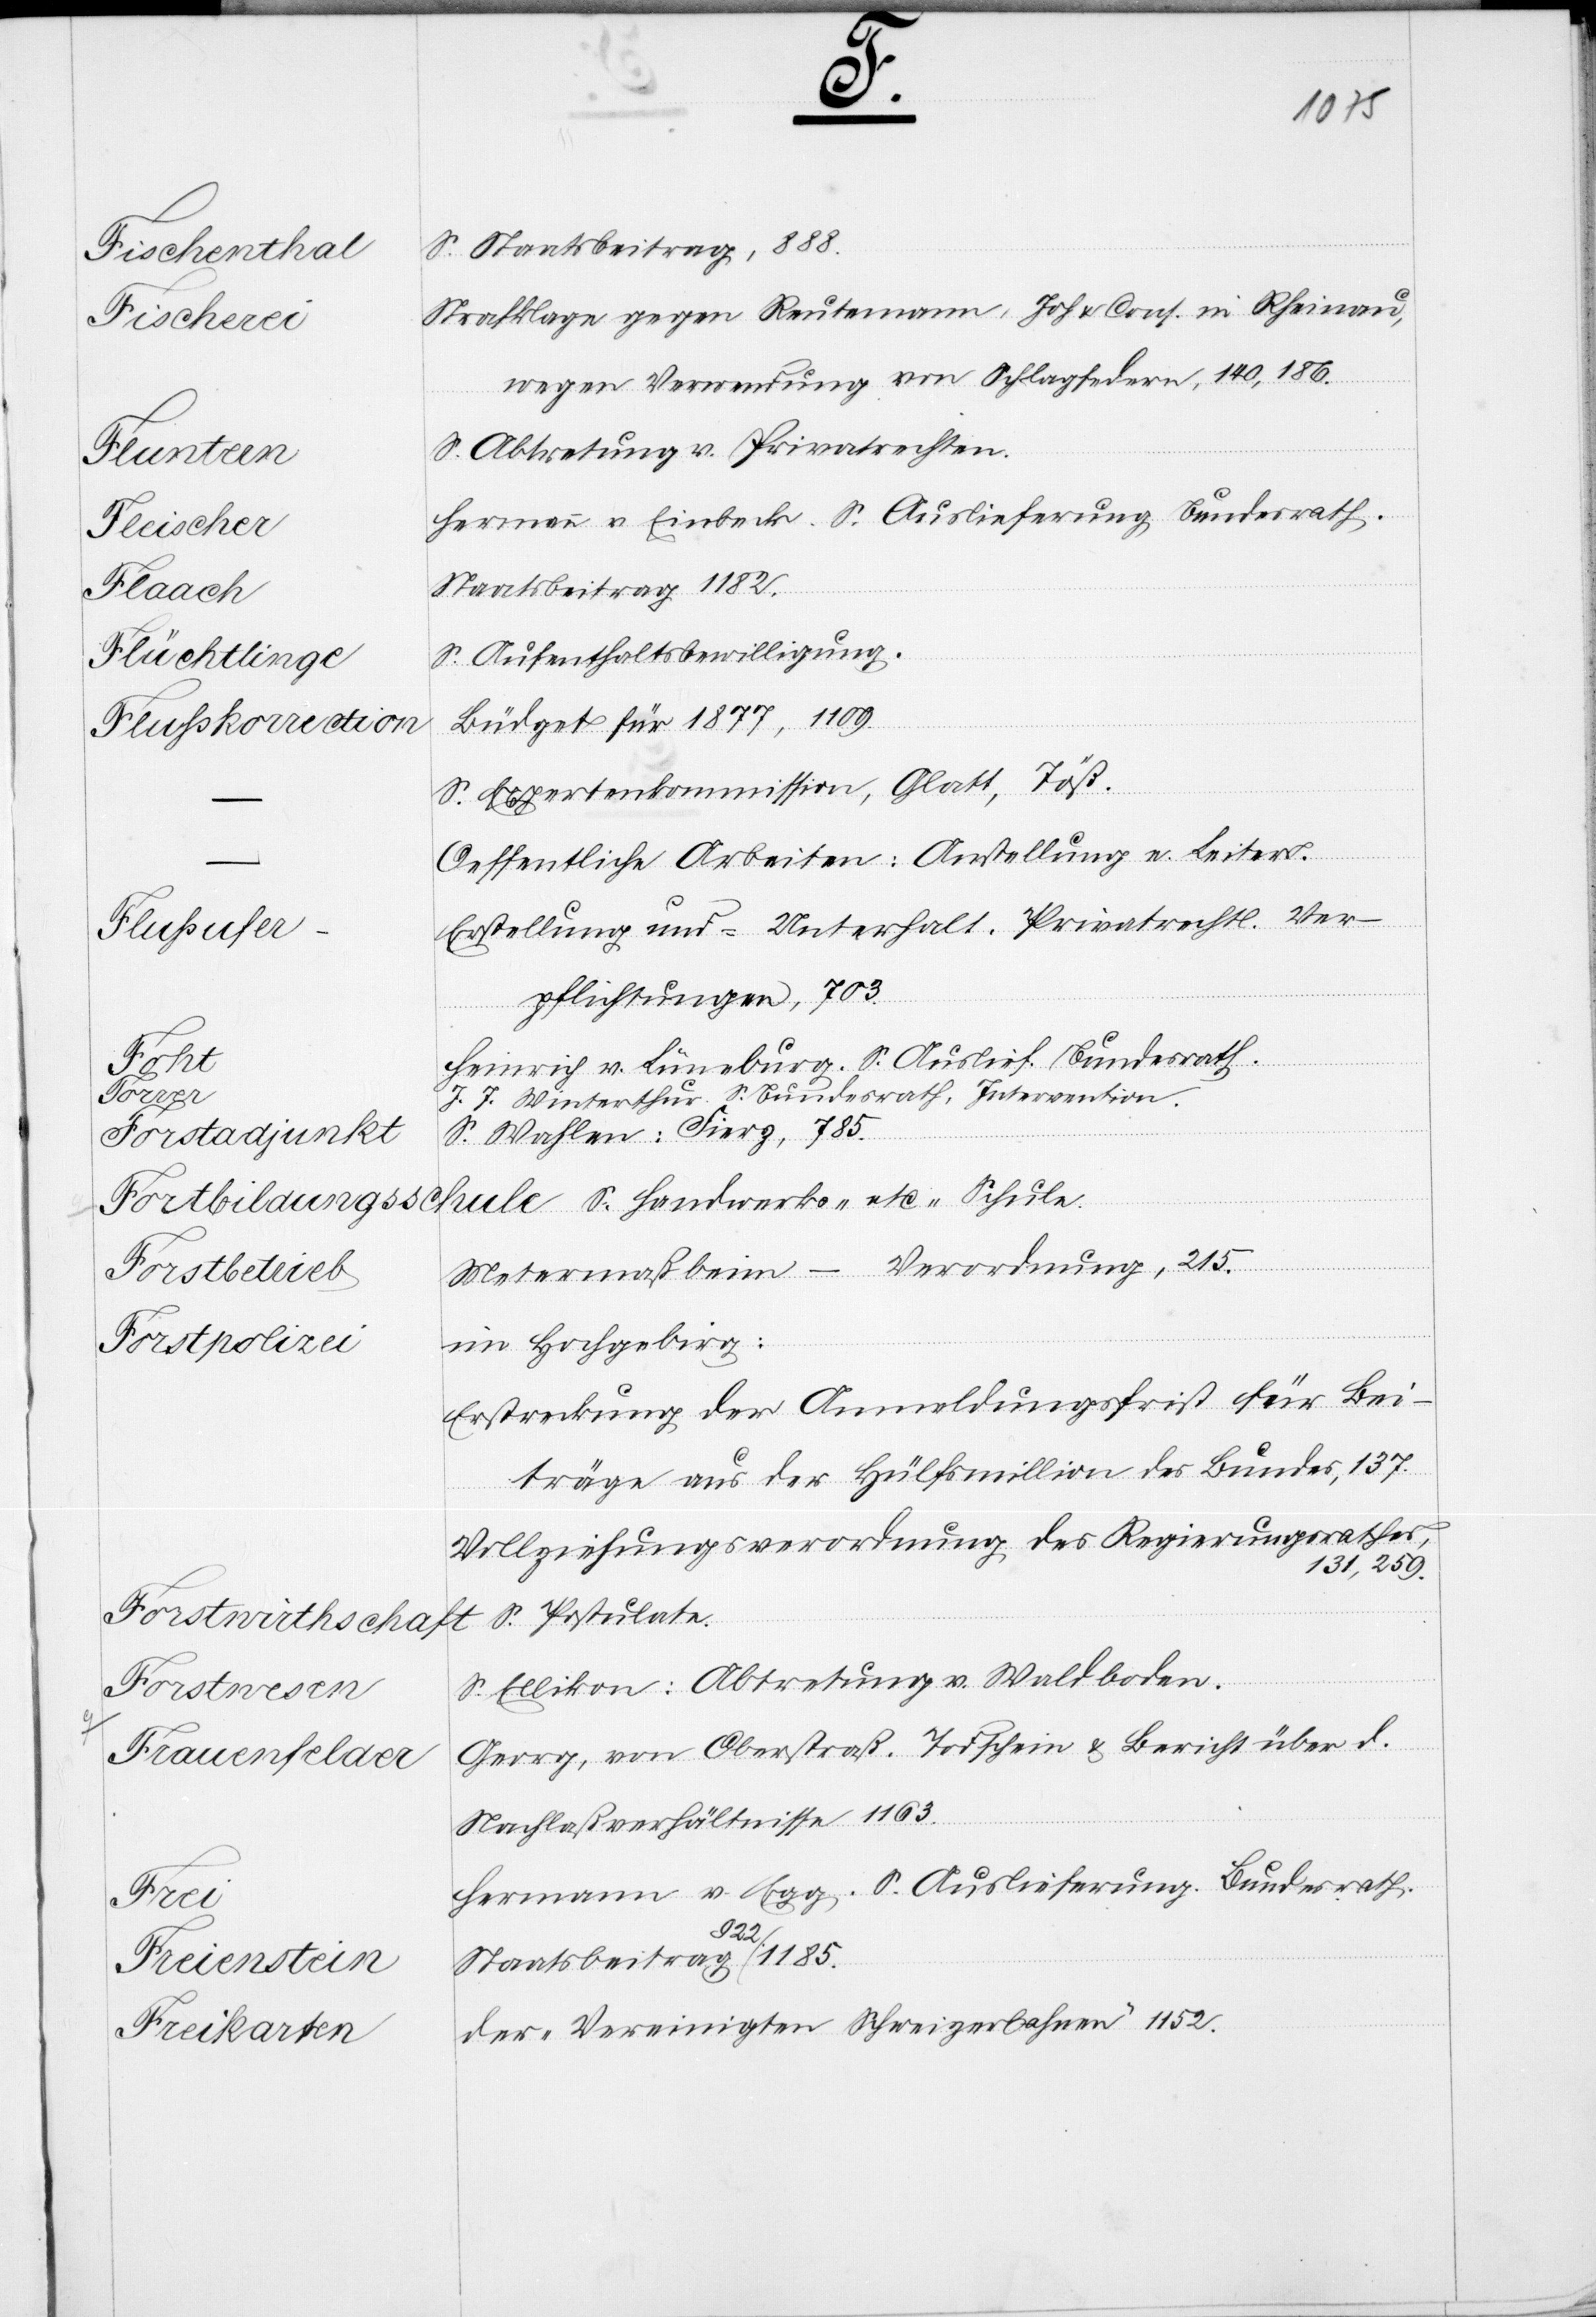
2.

3.
rechtsurkun¬
Finanzen.
Mittheilung
ausweise.
den
Stadtrath
die
onsbürgerrecht,
Direktion der
de auszustellen.
Beding¬
1.
Staatskanzlei